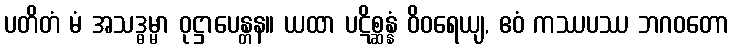
ပတိတံ မံ အသဒ္ဓမ္မာ ဝုဋ္ဌာပေန္တန။ ယထာ ပဋိစ္ဆန္နံ ဝိဝရေယျ, ဧဝံ ကဿပဿ ဘဂဝတော